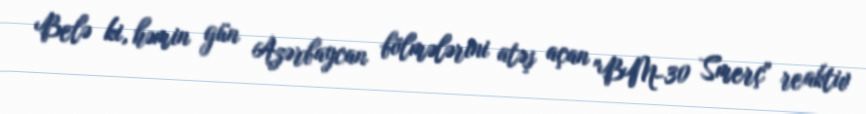
Belə ki, həmin gün Azərbaycan bölmələrini atəş açan "BM-30 Smerç" reaktiv